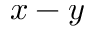
x - y